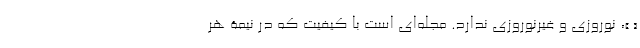
« »، نوروزی و غیر‌نوروزی ندارد. مجله‌ای است با کیفیت که در نیمۀ هر